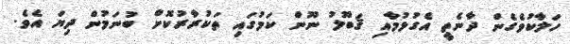
ހަލާކުވެގެން ދާނެތީ އެގުޅުމާއި ޤަބޫލު ނޫން ކަމުގައި ތަކުރާރުކޮށް ބުނަމުން ދިޔަ އެވެ.